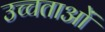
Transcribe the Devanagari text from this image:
उच्चताओं